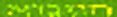
המבוא